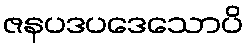
ဇနပဒပဒေသောပိ